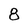
Character: 8